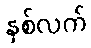
နှစ်လက်